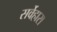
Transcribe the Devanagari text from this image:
सर्वेहारा